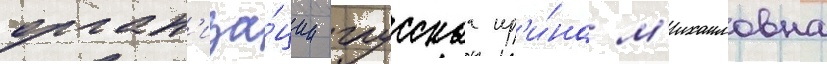
орган'иза́ции глусскаа ир'и́на м'ихаиловна